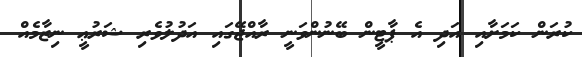
ކުރަން ކަމަށާއި އަދި އެ ޕާޓީން ބޭނުންވަނީ ރާއްޖޭގައި އަދުލުވެރި ޝަރުޢީ ނިޒާމެއް